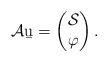
LaTeX: \begin{align*}\mathcal A\b u=\begin{pmatrix}\mathcal S\\ \varphi\end{pmatrix}.\end{align*}